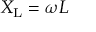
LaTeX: X _ { \mathrm { L } } = \omega L